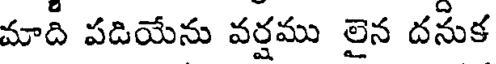
మాది పడియేను వర్షము లైన దనుక